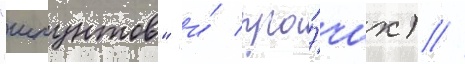
"шпунтов" и́ про́чих) //